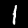
Digit: 1